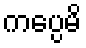
ကပ္ပေမိ